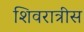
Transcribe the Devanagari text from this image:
शिवरात्रीस